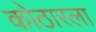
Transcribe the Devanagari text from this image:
कोठारला